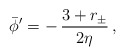
\begin{align*}\bar\phi' = - \, {3+r_\pm \over 2\eta} \, ,\end{align*}